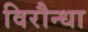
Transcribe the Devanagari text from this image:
विरौन्धा